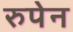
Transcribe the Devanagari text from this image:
रुपेन